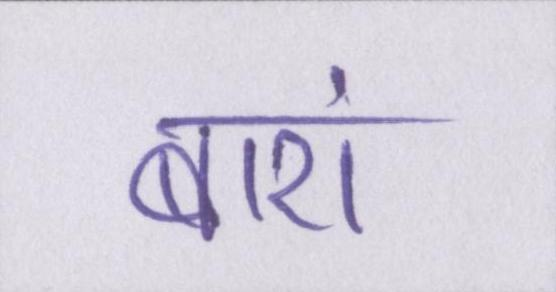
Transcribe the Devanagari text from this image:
बारां